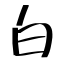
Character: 白